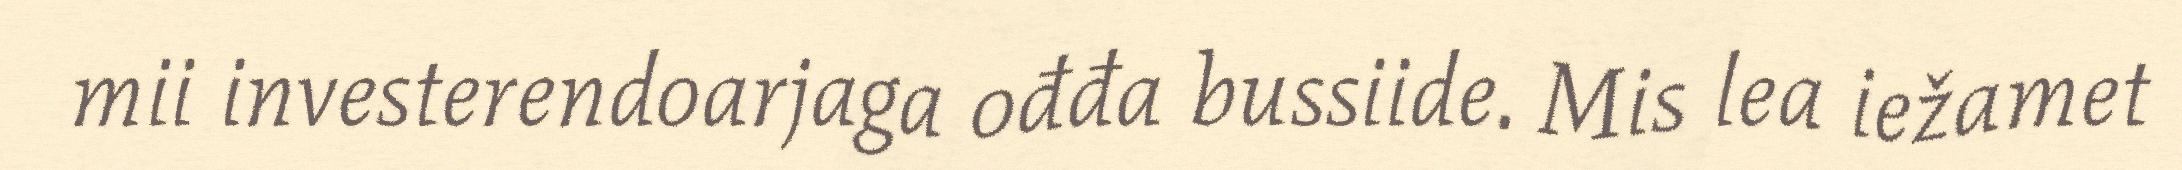
mii investerendoarjaga ođđa bussiide. Mis lea iežamet